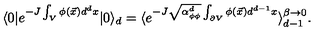
\langle 0 | e ^ { - J \int _ { V } \phi ( \vec { x } ) d ^ { d } x } | 0 \rangle _ { d } = \langle e ^ { - J \sqrt { \alpha _ { \phi \phi } ^ { d } } \int _ { \partial V } \phi ( \vec { x } ) d ^ { d - 1 } x } \rangle _ { d - 1 } ^ { \beta \to 0 } .